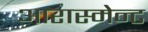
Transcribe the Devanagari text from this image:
आरास्मेन्ट